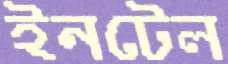
ইনটেল